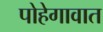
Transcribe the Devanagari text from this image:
पोहेगावात